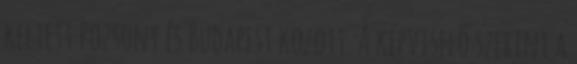
keltett Pozsony és Budapest között. A képviselő szerint a